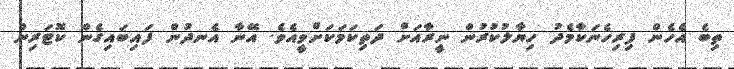
ތިބެ އެހެން ފިރިހެނަކާމެދު ހިޔާލުކުރުން ނީރާއަށް ދަތިކަމަކަށްވީއެވެ. އޭނާ އެނދުން ފައިބައިގެން ކޮޓަރިން